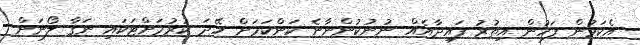
އެކަމުން ފަހުން އިތުރު ފައިދާއެއް ނުނުކުންނާނެ ކަންކަމަށް ހޭދަ ކުރުމަށްޓަކައި ނަގާ ލޯނަށް